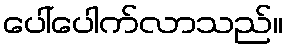
ပေါ်ပေါက်လာသည်။